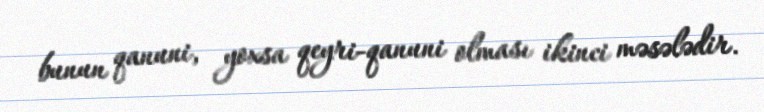
bunun qanuni, yoxsa qeyri-qanuni olması ikinci məsələdir.